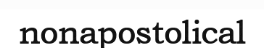
nonapostolical